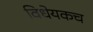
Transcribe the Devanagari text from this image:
विधेयकच